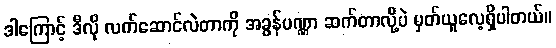
ဒါကြောင့် ဒီလို လက်ဆောင်လဲတာကို အခွန်ပဏ္ဏာ ဆက်တာလို့ပဲ မှတ်ယူလေ့ရှိပါတယ်။